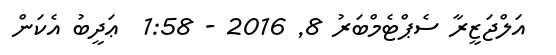
އަލްޖަޒީރާ ސެޕްޓެމްބަރު 8